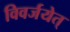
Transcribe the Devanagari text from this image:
विवर्जयेत्